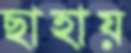
ছাহায়